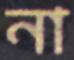
না